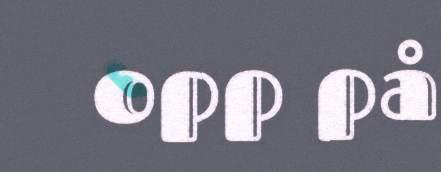
opp på